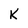
Character: K